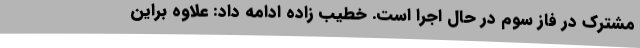
مشترک در فاز سوم در حال اجرا است. خطیب زاده ادامه داد: علاوه براین